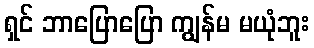
ရှင် ဘာပြောပြော ကျွန်မ မယုံဘူး